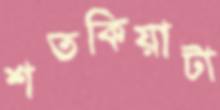
শতকিয়াটা